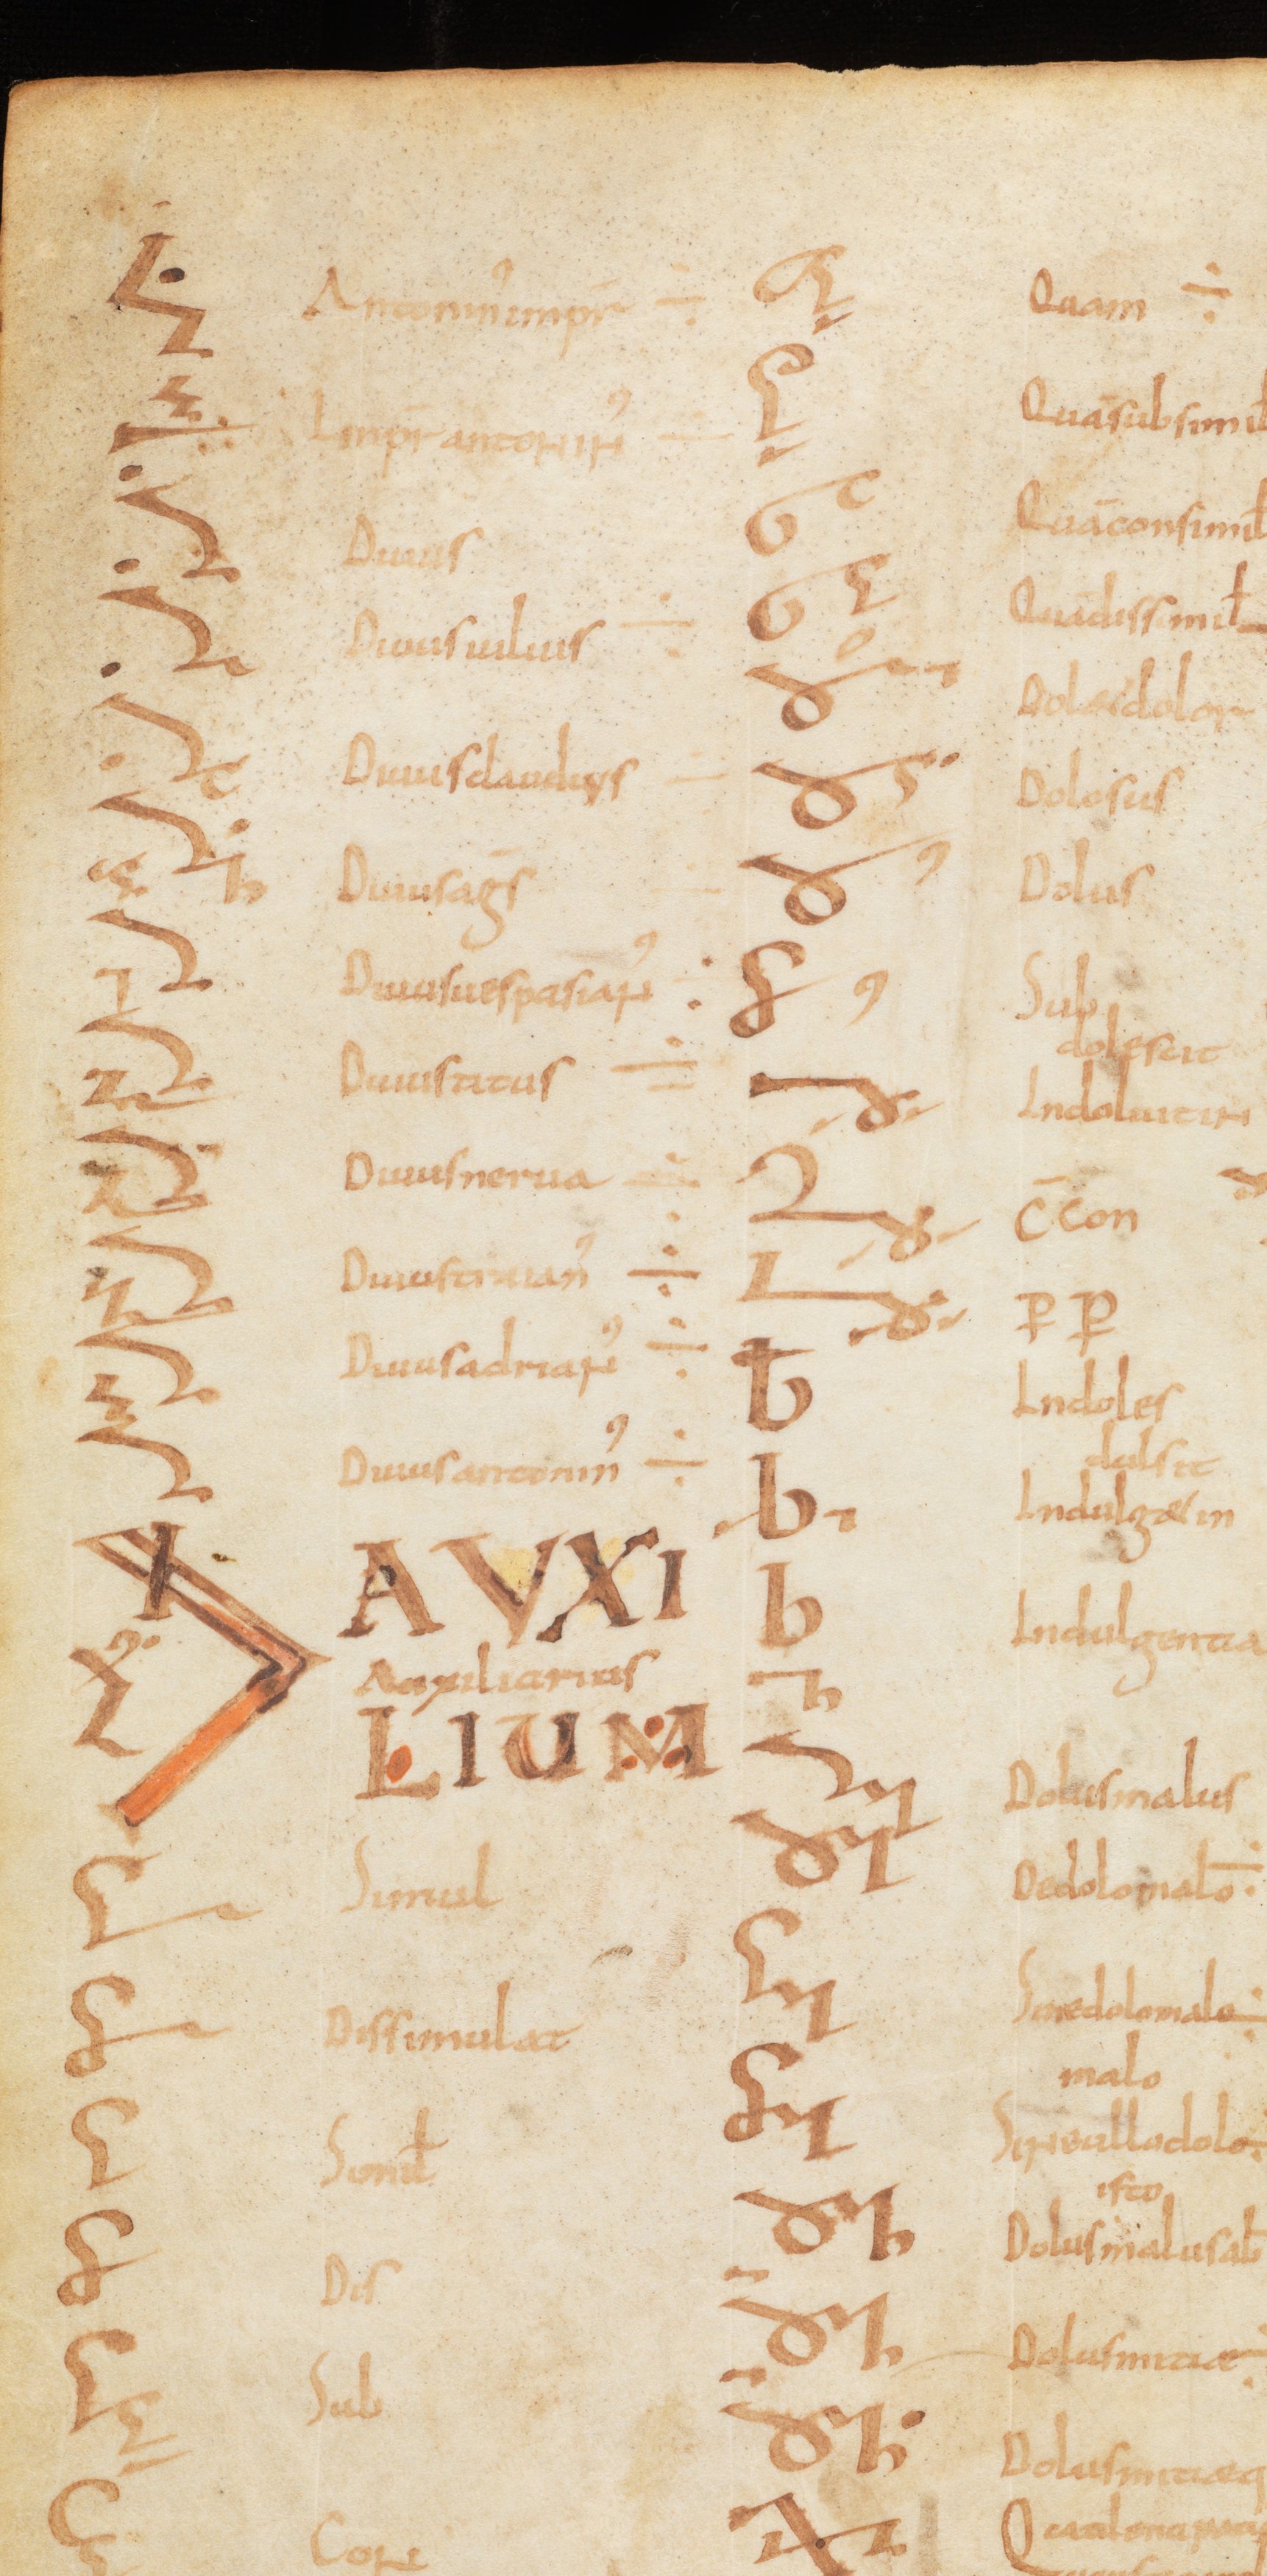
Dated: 800–899